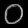
Digit: ၀